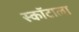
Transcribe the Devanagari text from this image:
स्कॉटाला